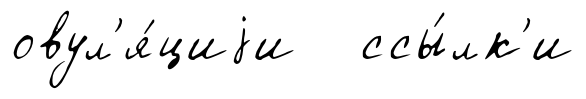
овул'я́циjи ссы́лк'и